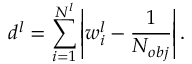
d ^ { l } = \sum _ { i = 1 } ^ { N ^ { l } } \left| w _ { i } ^ { l } - \frac { 1 } { N _ { o b j } } \right| .